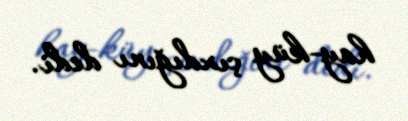
hay-küy çıxdığını dedi.